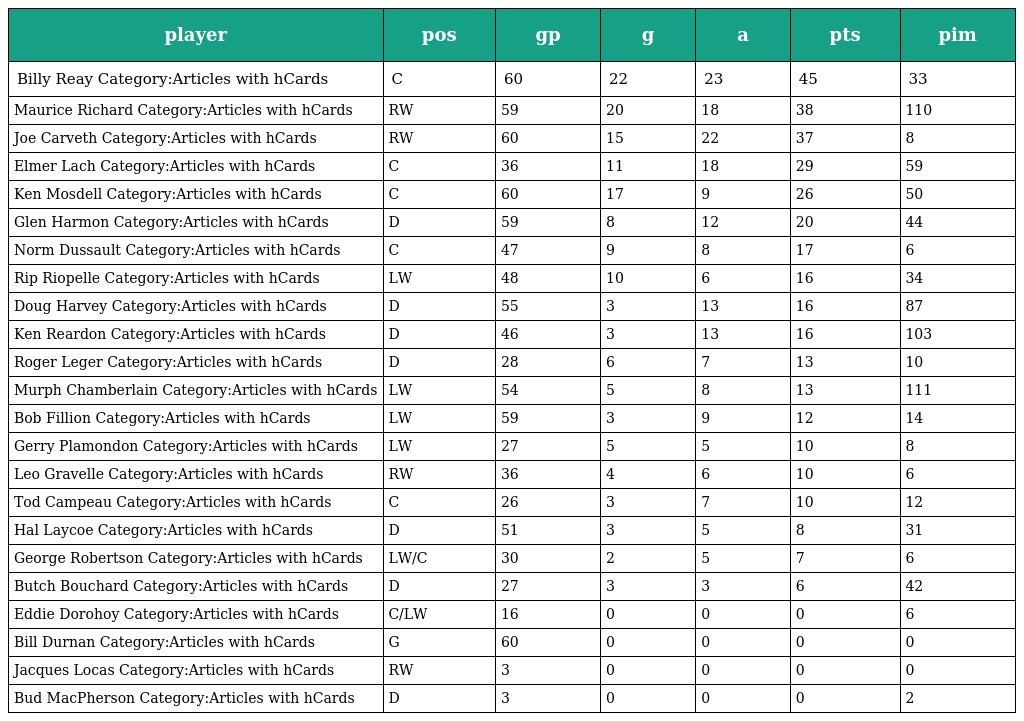
| player | pos | gp | g | a | pts | pim |
 | --- | --- | --- | --- | --- | --- | --- |
 | Billy Reay Category:Articles with hCards | C | 60 | 22 | 23 | 45 | 33 |
 | Maurice Richard Category:Articles with hCards | RW | 59 | 20 | 18 | 38 | 110 |
 | Joe Carveth Category:Articles with hCards | RW | 60 | 15 | 22 | 37 | 8 |
 | Elmer Lach Category:Articles with hCards | C | 36 | 11 | 18 | 29 | 59 |
 | Ken Mosdell Category:Articles with hCards | C | 60 | 17 | 9 | 26 | 50 |
 | Glen Harmon Category:Articles with hCards | D | 59 | 8 | 12 | 20 | 44 |
 | Norm Dussault Category:Articles with hCards | C | 47 | 9 | 8 | 17 | 6 |
 | Rip Riopelle Category:Articles with hCards | LW | 48 | 10 | 6 | 16 | 34 |
 | Doug Harvey Category:Articles with hCards | D | 55 | 3 | 13 | 16 | 87 |
 | Ken Reardon Category:Articles with hCards | D | 46 | 3 | 13 | 16 | 103 |
 | Roger Leger Category:Articles with hCards | D | 28 | 6 | 7 | 13 | 10 |
 | Murph Chamberlain Category:Articles with hCards | LW | 54 | 5 | 8 | 13 | 111 |
 | Bob Fillion Category:Articles with hCards | LW | 59 | 3 | 9 | 12 | 14 |
 | Gerry Plamondon Category:Articles with hCards | LW | 27 | 5 | 5 | 10 | 8 |
 | Leo Gravelle Category:Articles with hCards | RW | 36 | 4 | 6 | 10 | 6 |
 | Tod Campeau Category:Articles with hCards | C | 26 | 3 | 7 | 10 | 12 |
 | Hal Laycoe Category:Articles with hCards | D | 51 | 3 | 5 | 8 | 31 |
 | George Robertson Category:Articles with hCards | LW/C | 30 | 2 | 5 | 7 | 6 |
 | Butch Bouchard Category:Articles with hCards | D | 27 | 3 | 3 | 6 | 42 |
 | Eddie Dorohoy Category:Articles with hCards | C/LW | 16 | 0 | 0 | 0 | 6 |
 | Bill Durnan Category:Articles with hCards | G | 60 | 0 | 0 | 0 | 0 |
 | Jacques Locas Category:Articles with hCards | RW | 3 | 0 | 0 | 0 | 0 |
 | Bud MacPherson Category:Articles with hCards | D | 3 | 0 | 0 | 0 | 2 |